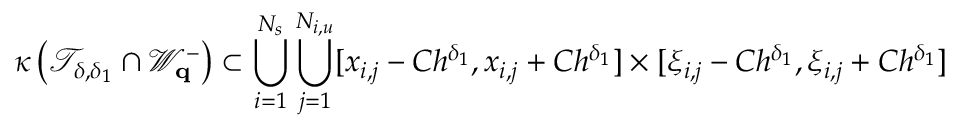
\kappa \left( \mathcal { T } _ { \delta , \delta _ { 1 } } \cap \mathcal { W } _ { \mathbf { q } } ^ { - } \right) \subset \bigcup _ { i = 1 } ^ { N _ { s } } \bigcup _ { j = 1 } ^ { N _ { i , u } } [ x _ { i , j } - C h ^ { \delta _ { 1 } } , x _ { i , j } + C h ^ { \delta _ { 1 } } ] \times [ \xi _ { i , j } - C h ^ { \delta _ { 1 } } , \xi _ { i , j } + C h ^ { \delta _ { 1 } } ]